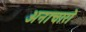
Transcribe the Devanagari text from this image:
अनाचारो